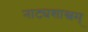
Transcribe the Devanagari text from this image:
नाट्यशास्त्रम्